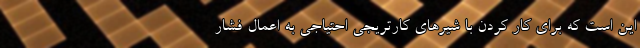
این است که برای کار کردن با شیرهای کارتریجی احتیاجی به اعمال فشار